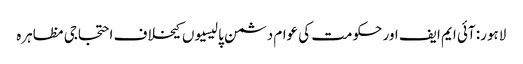
لاہور: آئی ایم ایف اور حکومت کی عوام دشمن پالیسیوں کیخلاف احتجاجی مظاہرہ